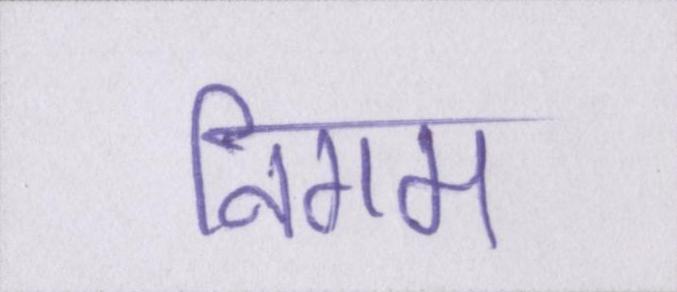
निगम